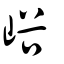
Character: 峪